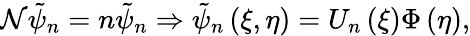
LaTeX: {\cal N}\tilde{\psi}_{n}=n\tilde{\psi}_{n}\Rightarrow\tilde{\psi}_{n}\left(\xi,\eta\right)=U_{n}\left(\xi\right)\Phi\left(\eta\right),